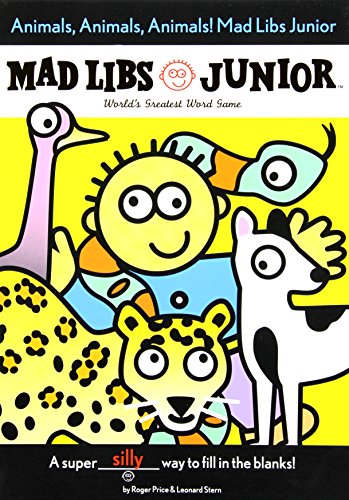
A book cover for Animals, Animals, Animals! Mad Libs Junior; Jennifer Frantz; Children's Books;